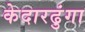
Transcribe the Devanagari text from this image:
केदारढुंगा